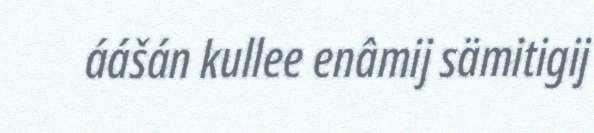
áášán kullee enâmij sämitigij